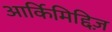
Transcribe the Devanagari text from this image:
आर्किमिद्दिज़